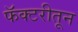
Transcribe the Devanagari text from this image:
फॅक्टरीतून